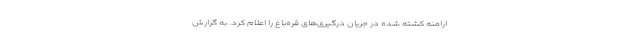
ارامنه کشته شده در جریان درگیری‌های قره‌باغ را اعلام کرد. به گزارش